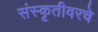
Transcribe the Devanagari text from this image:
संस्कृतीवरचे